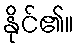
နိုင်၏။